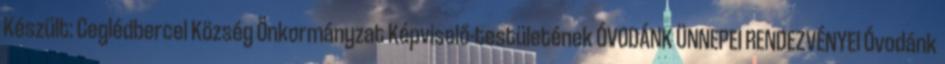
Készült: Ceglédbercel Község Önkormányzat Képviselő-testületének ÓVODÁNK ÜNNEPEI RENDEZVÉNYEI Óvodánk